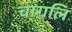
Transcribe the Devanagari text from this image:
चागलि